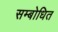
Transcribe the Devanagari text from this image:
सम्‍बोधित